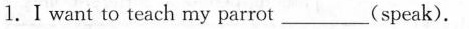
1.Iwant to teach my parrot___(speak).